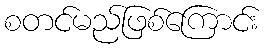
စတင်မည်ဖြစ်ကြောင်း